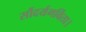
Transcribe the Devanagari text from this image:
सौंदर्यगर्विता।